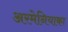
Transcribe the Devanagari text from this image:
अरमेनियाका